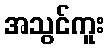
အသွင်ကူး